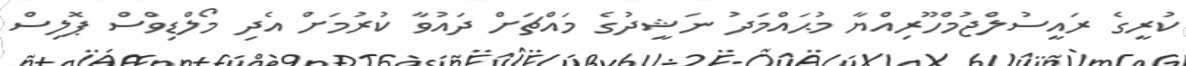
ކުރީގެ ރައީސުލްޖުމްހޫރިއްޔާ މުޙައްމަދު ނަޝީދުގެ މައްޗަށް ދައުވާ ކުރުމަށް އެދި މޯލްޑިވްސް ޕޮލިސް